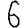
Digit: 6